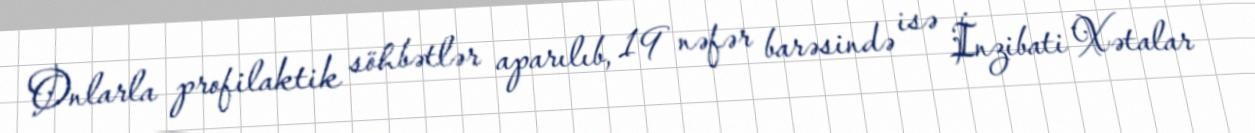
Onlarla profilaktik söhbətlər aparılıb, 19 nəfər barəsində isə İnzibati Xətalar